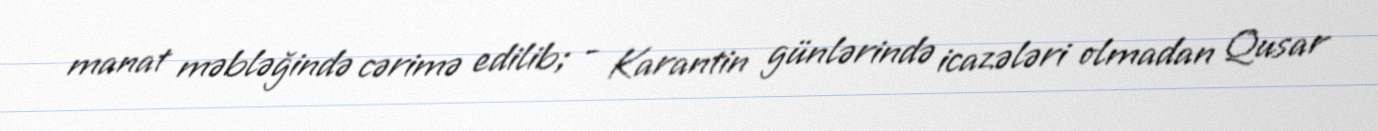
manat məbləğində cərimə edilib; - Karantin günlərində icazələri olmadan Qusar